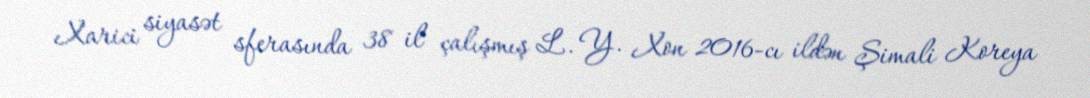
Xarici siyasət sferasında 38 il çalışmış L. Y. Xon 2016-cı ildən Şimali Koreya